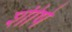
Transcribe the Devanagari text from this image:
शीषे